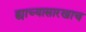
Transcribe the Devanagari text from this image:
ह्याच्यासारखाच